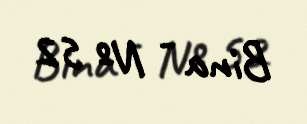
Bina - № 52